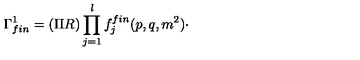
\Gamma _ { f i n } ^ { 1 } = ( \Pi R ) \prod _ { j = 1 } ^ { l } f _ { j } ^ { f i n } ( p , q , m ^ { 2 } ) \cdot